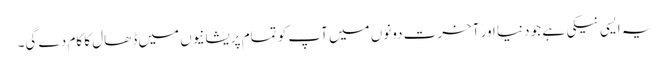
یہ ایسی نیکی ہے جو دنیا اور آخرت دونوں میں آپ کو تمام پریشانیوں میں ڈھال کا کام دے گی۔